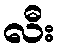
လီး